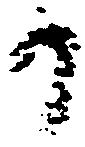
日